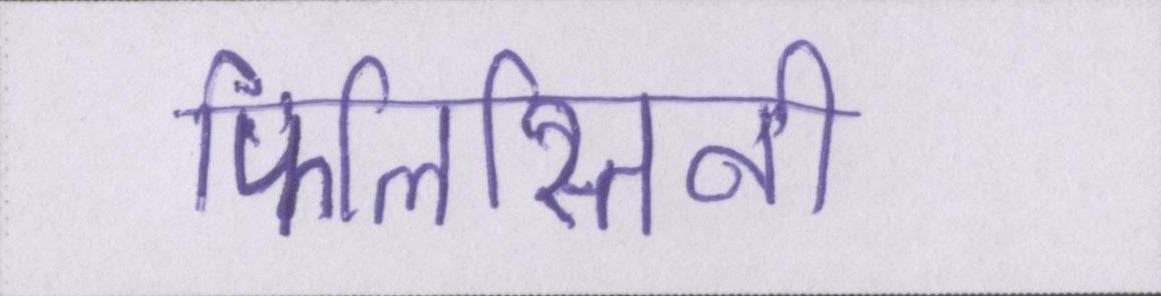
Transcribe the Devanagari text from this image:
फिलिस्तिनी